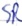
Text: SR